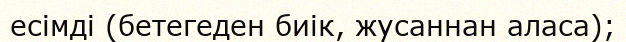
есімді (бетегеден биік, жусаннан аласа);